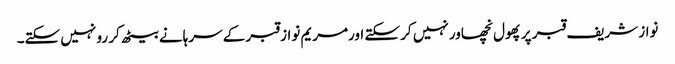
نواز شریف قبر پرپھول نچھاور نہیں کر سکتے اورمریم نواز قبر کے سرہانے بیٹھ کر رو نہیں سکتے۔